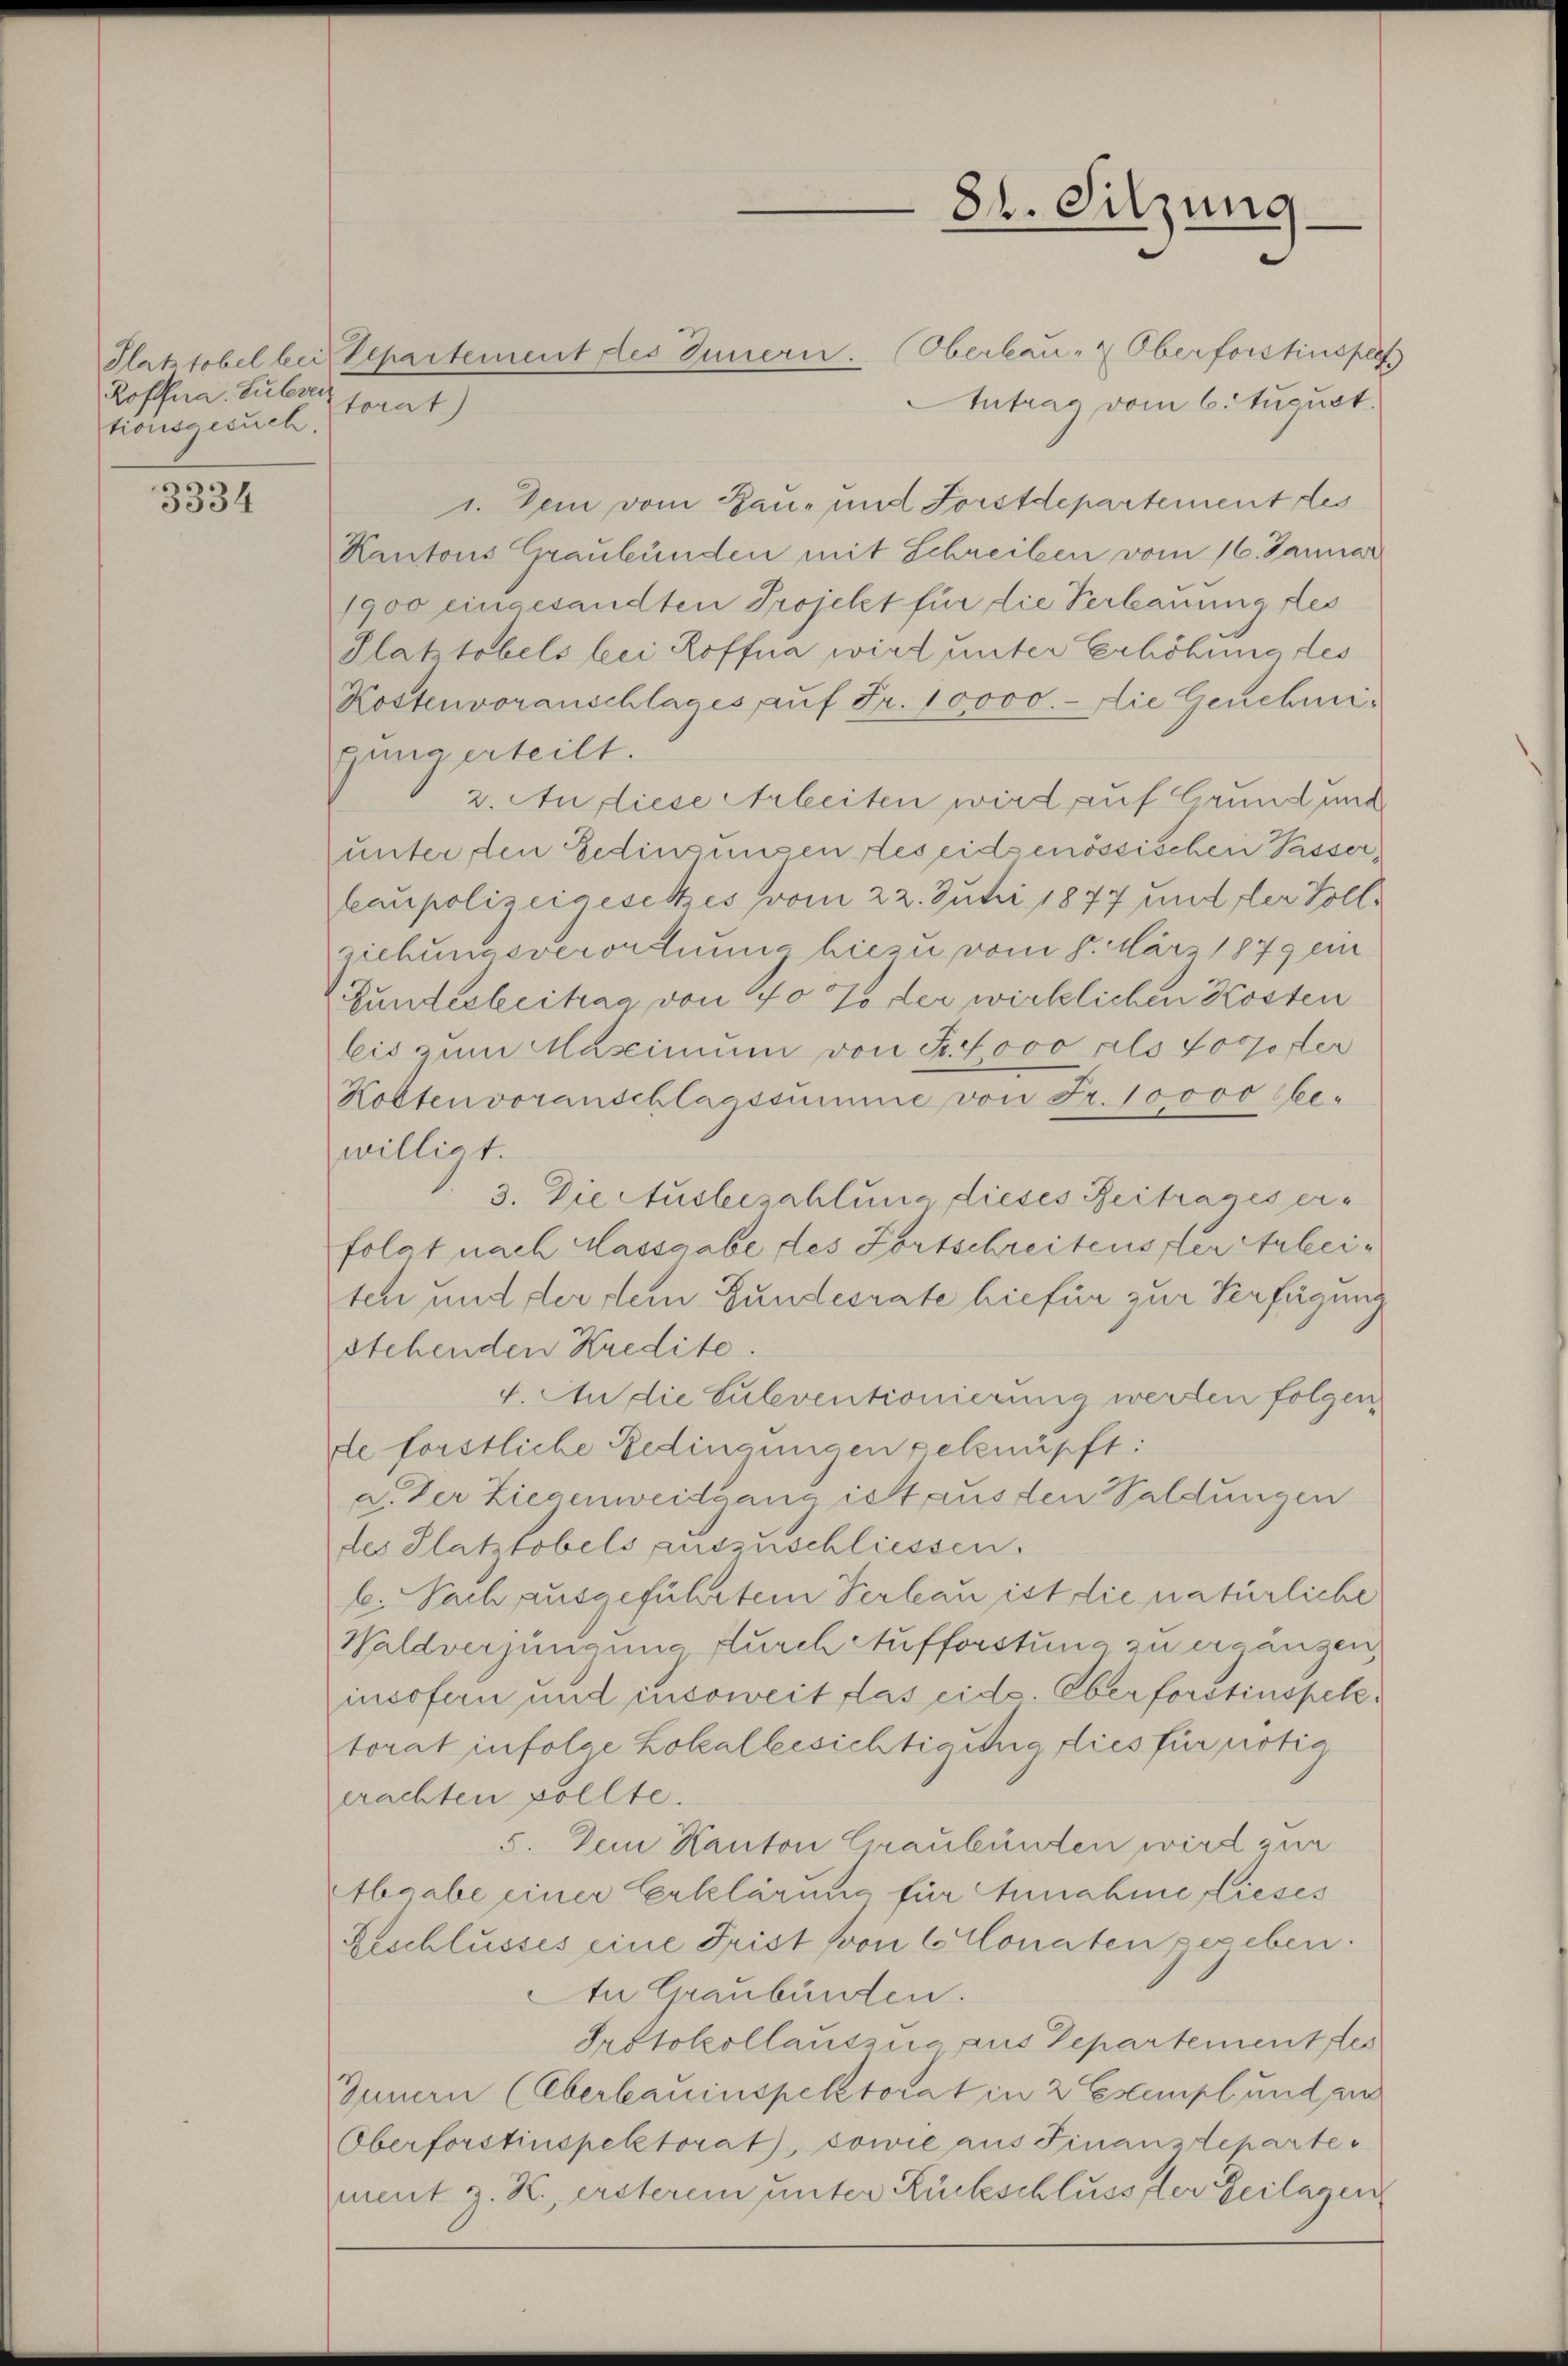
Roffna. Subver
tionsgesuch.

3334

Intrag vom 6. August.
1. Dein vom Hau- und Forstdepartement des
Kantons Graubünden mit Schreiben vom 16. Januar
1900 eingesandten Projekt für die Verbauung des
Platztobels bei Hoffna wird unter Erhöhung des
Kostenvoranschlages auf Fr. 10000.- Die Genehmigung erteilt.
2. An diese Arbeiten wird auf Grund und
unter den Gedingungen des eidgenössischen Passerkaupolizeigesetzes vom 22. Juni 1877 und der Vollziehungsverordnung hiezu vom 8. März 1849 ein
Bundesbeitrag von 70 % der wirklichen Kosten
bis zum Mascimum von H. Jovo als Forster
Kolten voranschlagssumme von Fr. 10000 bewilligt.
3. Die Ausbezahlung dieses Reitrages erfolgt nach Massgabe des Fortschreitens der Arbeiteh und der dein Gundesrate hiefür zur Verfügung
stehenden Kredite.
4. An die Suleventionierung werten folgen
de forstliche Bedingungen geknüpft:
a. Der Liegenweidgang ist aus den Waldungen
des Platztobels auszuschliessen.
l. Sach ausgeführtem Verbau ist die natürliche
Waldverjüngung durch Aufforstung zu ergängen,
insofern und insoweit das eid. Oberforstinspektorat infolge Lokalbesichtigte dies für nötig
prachten sollte.
5. Dem Kanton Graubünden wird zur
Abgabe einer Erklärung für Annahme lieses
Reschlusses eine Frist von 6 Monaten gegeben.
An Graubünden.
Protokollauszug aus Departement des
Innern (Oberbauinspektorat in 2 Esempf und au
Oberforstinspektorat, sowie aus Finanzdepartement z. K. ersterem unter Rückschlusser Heilagen

torat)

Platztobel bei de partement des Innern. Oberbau- & Oberforstinsper

84. Sitzung.